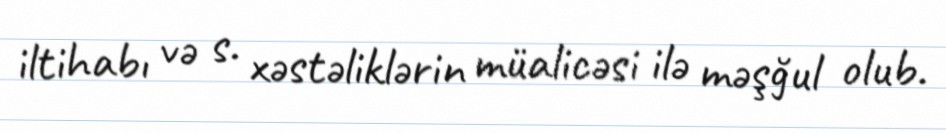
iltihabı və s. xəstəliklərin müalicəsi ilə məşğul olub.